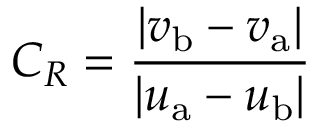
C _ { R } = { \frac { \left| v _ { \mathrm { b } } - v _ { \mathrm { a } } \right| } { \left| u _ { \mathrm { a } } - u _ { \mathrm { b } } \right| } }